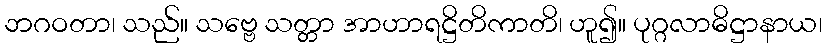
ဘဂဝတာ၊ သည်။ သဗ္ဗေ သတ္တာ အာဟာရဋ္ဌိတိကာတိ၊ ဟူ၍။ ပုဂ္ဂလာဓိဋ္ဌာနာယ၊